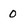
Character: 0